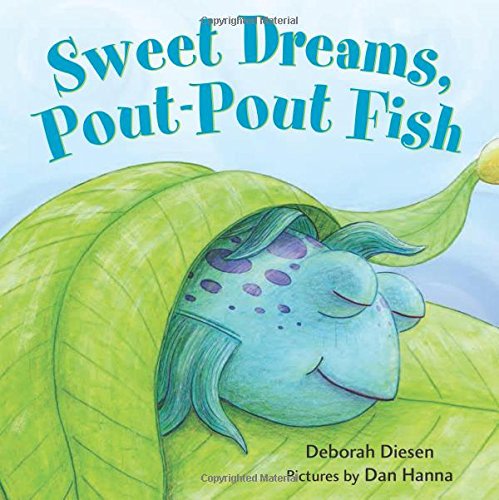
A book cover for Sweet Dreams, Pout-Pout Fish (A Pout-Pout Fish Mini Adventure); Deborah Diesen; Children's Books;